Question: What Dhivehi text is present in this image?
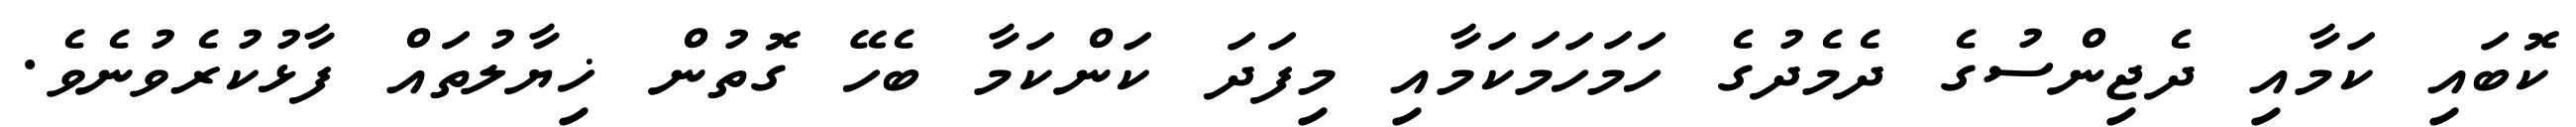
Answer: ކޮބައި ކަމާއި ދެޖިންސުގެ ދެމެދުގެ ހަމަހަމަކަމާއި މިފަދަ ކަންކަމާ ބެހޭ ގޮތުން ޚިޔާލުތައް ފާޅުކުރެވުނެވެ.